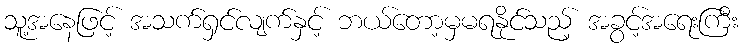
သူ့အနေဖြင့် အသက်ရှင်လျက်နှင့် ဘယ်တော့မှမရနိုင်သည့် အခွင့်အရေးကြီး